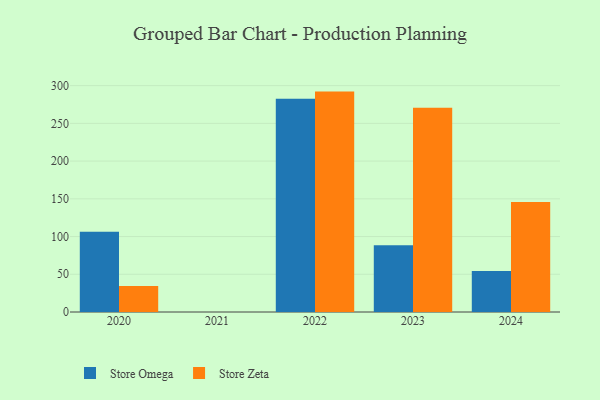
{"axis": {"x": "Year", "y": "Website Visitors"}, "legend": ["Store Omega", "Store Zeta"], "data": [{"x": "2020", "y": 106.3, "type": "Store Omega"}, {"x": "2020", "y": 34.6, "type": "Store Zeta"}, {"x": "2023", "y": 88.4, "type": "Store Omega"}, {"x": "2023", "y": 270.6, "type": "Store Zeta"}, {"x": "2022", "y": 282.7, "type": "Store Omega"}, {"x": "2022", "y": 292.1, "type": "Store Zeta"}, {"x": "2024", "y": 54.3, "type": "Store Omega"}, {"x": "2024", "y": 145.9, "type": "Store Zeta"}]}